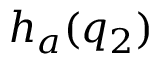
h _ { a } ( q _ { 2 } )